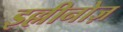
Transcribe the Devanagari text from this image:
इल्लीनोज़